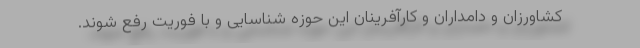
کشاورزان و دامداران و کارآفرینان این حوزه شناسایی و با فوریت رفع شوند.